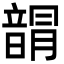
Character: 𩐯